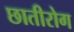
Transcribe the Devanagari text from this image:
छातीरोग